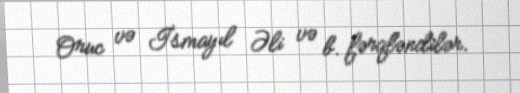
Oruc və İsmayıl Əli və b. fərqləndilər.